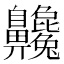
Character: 𪗂